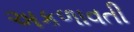
અકળાવતી